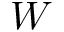
W